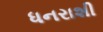
ધનરાશી